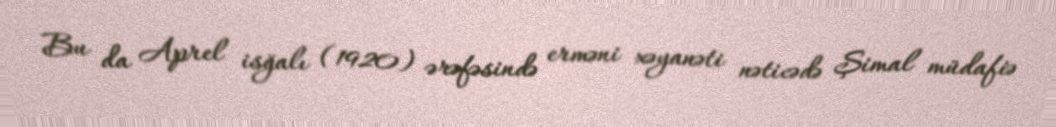
Bu da Aprel isğalı (1920) ərəfəsində erməni xəyanəti nəticədə Şimal müdafiə